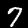
Digit: 7